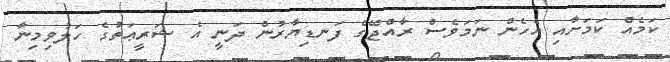
ކަމެއް ކަމަށާއި އެހެން ނަމަވެސް ރާއްޖޭގެ ފަނޑިޔާރުން ދަނީ އެ ޝަރީޢަތުގެ ހަލުވިމިނާ